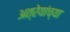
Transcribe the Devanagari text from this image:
अत्रेयांच्या